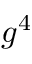
g ^ { 4 }